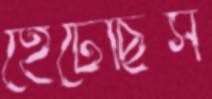
হেঁটেছিস